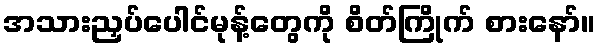
အသားညှပ်ပေါင်မုန့်တွေကို စိတ်ကြိုက် စားနော်။